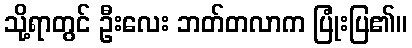
သို့ရာတွင် ဦးလေး ဘတ်တလာက ပြုံးပြ၏။